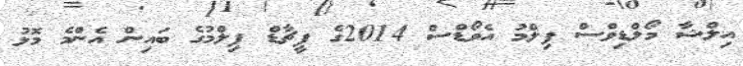
އިލްޝާ މޯލްޑިވްސް ފިލްމު އެވޯޑްސް 2014ގެ ފީޗާޑް ފިލްމުގެ ބައިން އެންމެ މޮޅު